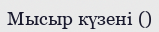
Мысыр күзені ()